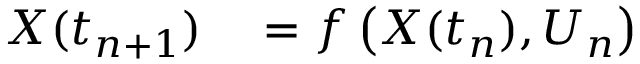
\begin{array} { r l } { X ( t _ { n + 1 } ) } & { { } = f \left( X ( t _ { n } ) , U _ { n } \right) } \end{array}